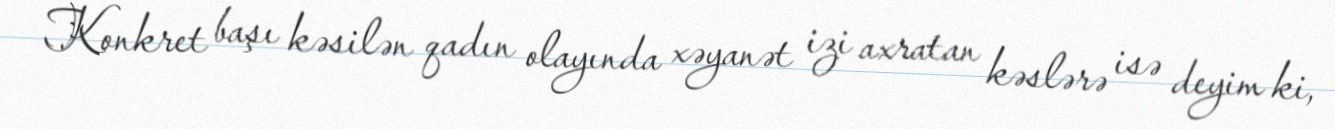
Konkret başı kəsilən qadın olayında xəyanət izi axratan kəslərə isə deyim ki,